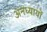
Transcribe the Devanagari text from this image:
अनध्यायों